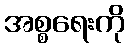
အစ္စရေးကို